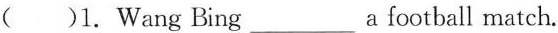
( )1. Wang Bing _a football match.